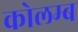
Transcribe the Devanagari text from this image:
कोलम्ब